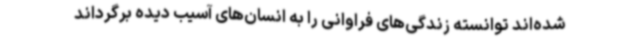
شده‌اند توانسته زندگی‌های فراوانی را به انسان‌های آسیب دیده برگرداند